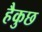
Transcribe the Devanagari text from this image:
हैकुछ